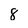
Character: 8